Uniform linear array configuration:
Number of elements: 64
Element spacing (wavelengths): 0.5
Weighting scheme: cosine
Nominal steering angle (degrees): -30
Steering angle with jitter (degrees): -30.711
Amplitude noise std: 0.05
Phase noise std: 0.05

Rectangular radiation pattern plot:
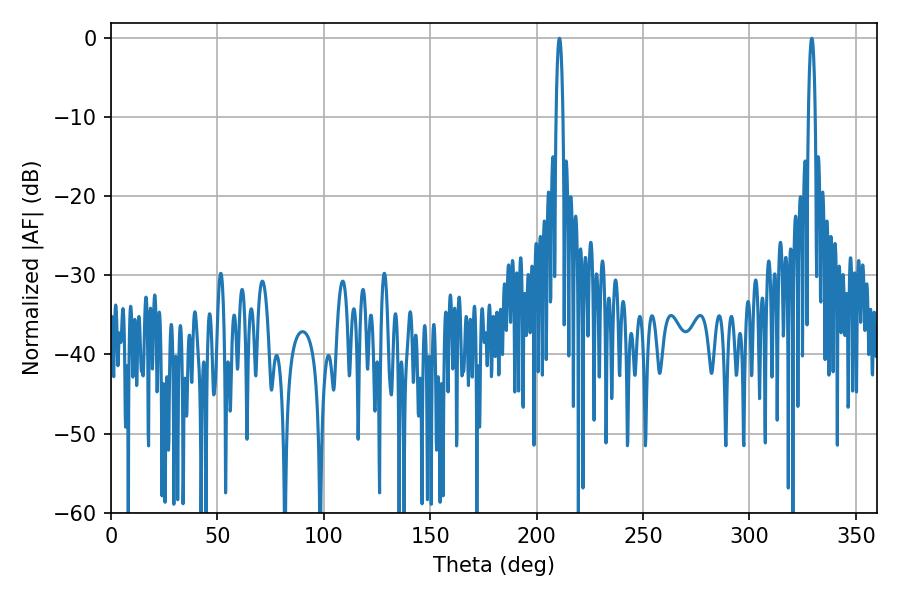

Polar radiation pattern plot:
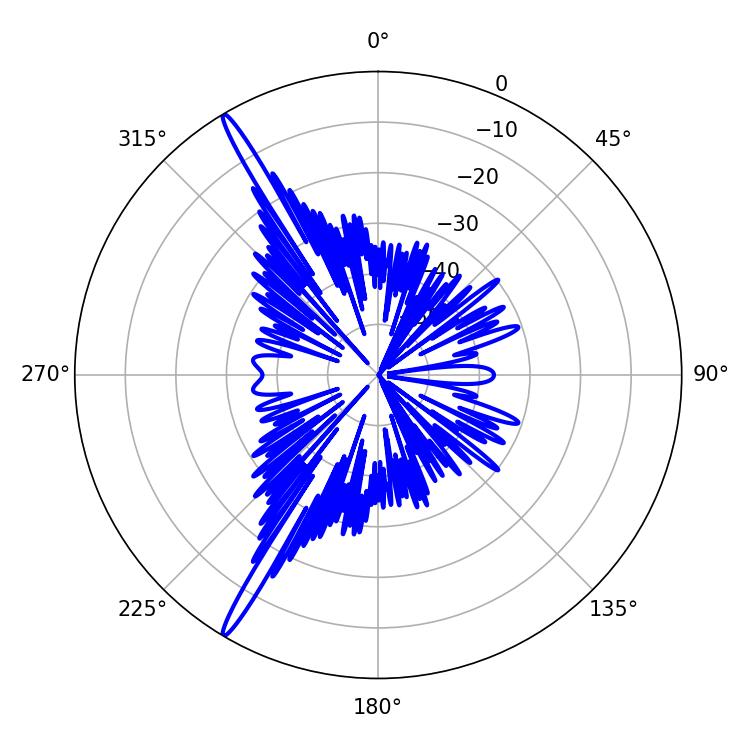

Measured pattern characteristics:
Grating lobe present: FALSE
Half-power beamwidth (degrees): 1.8
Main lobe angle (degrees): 329.22